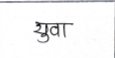
मजकूर: युवा